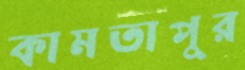
কামতাপুর